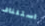
استئناف